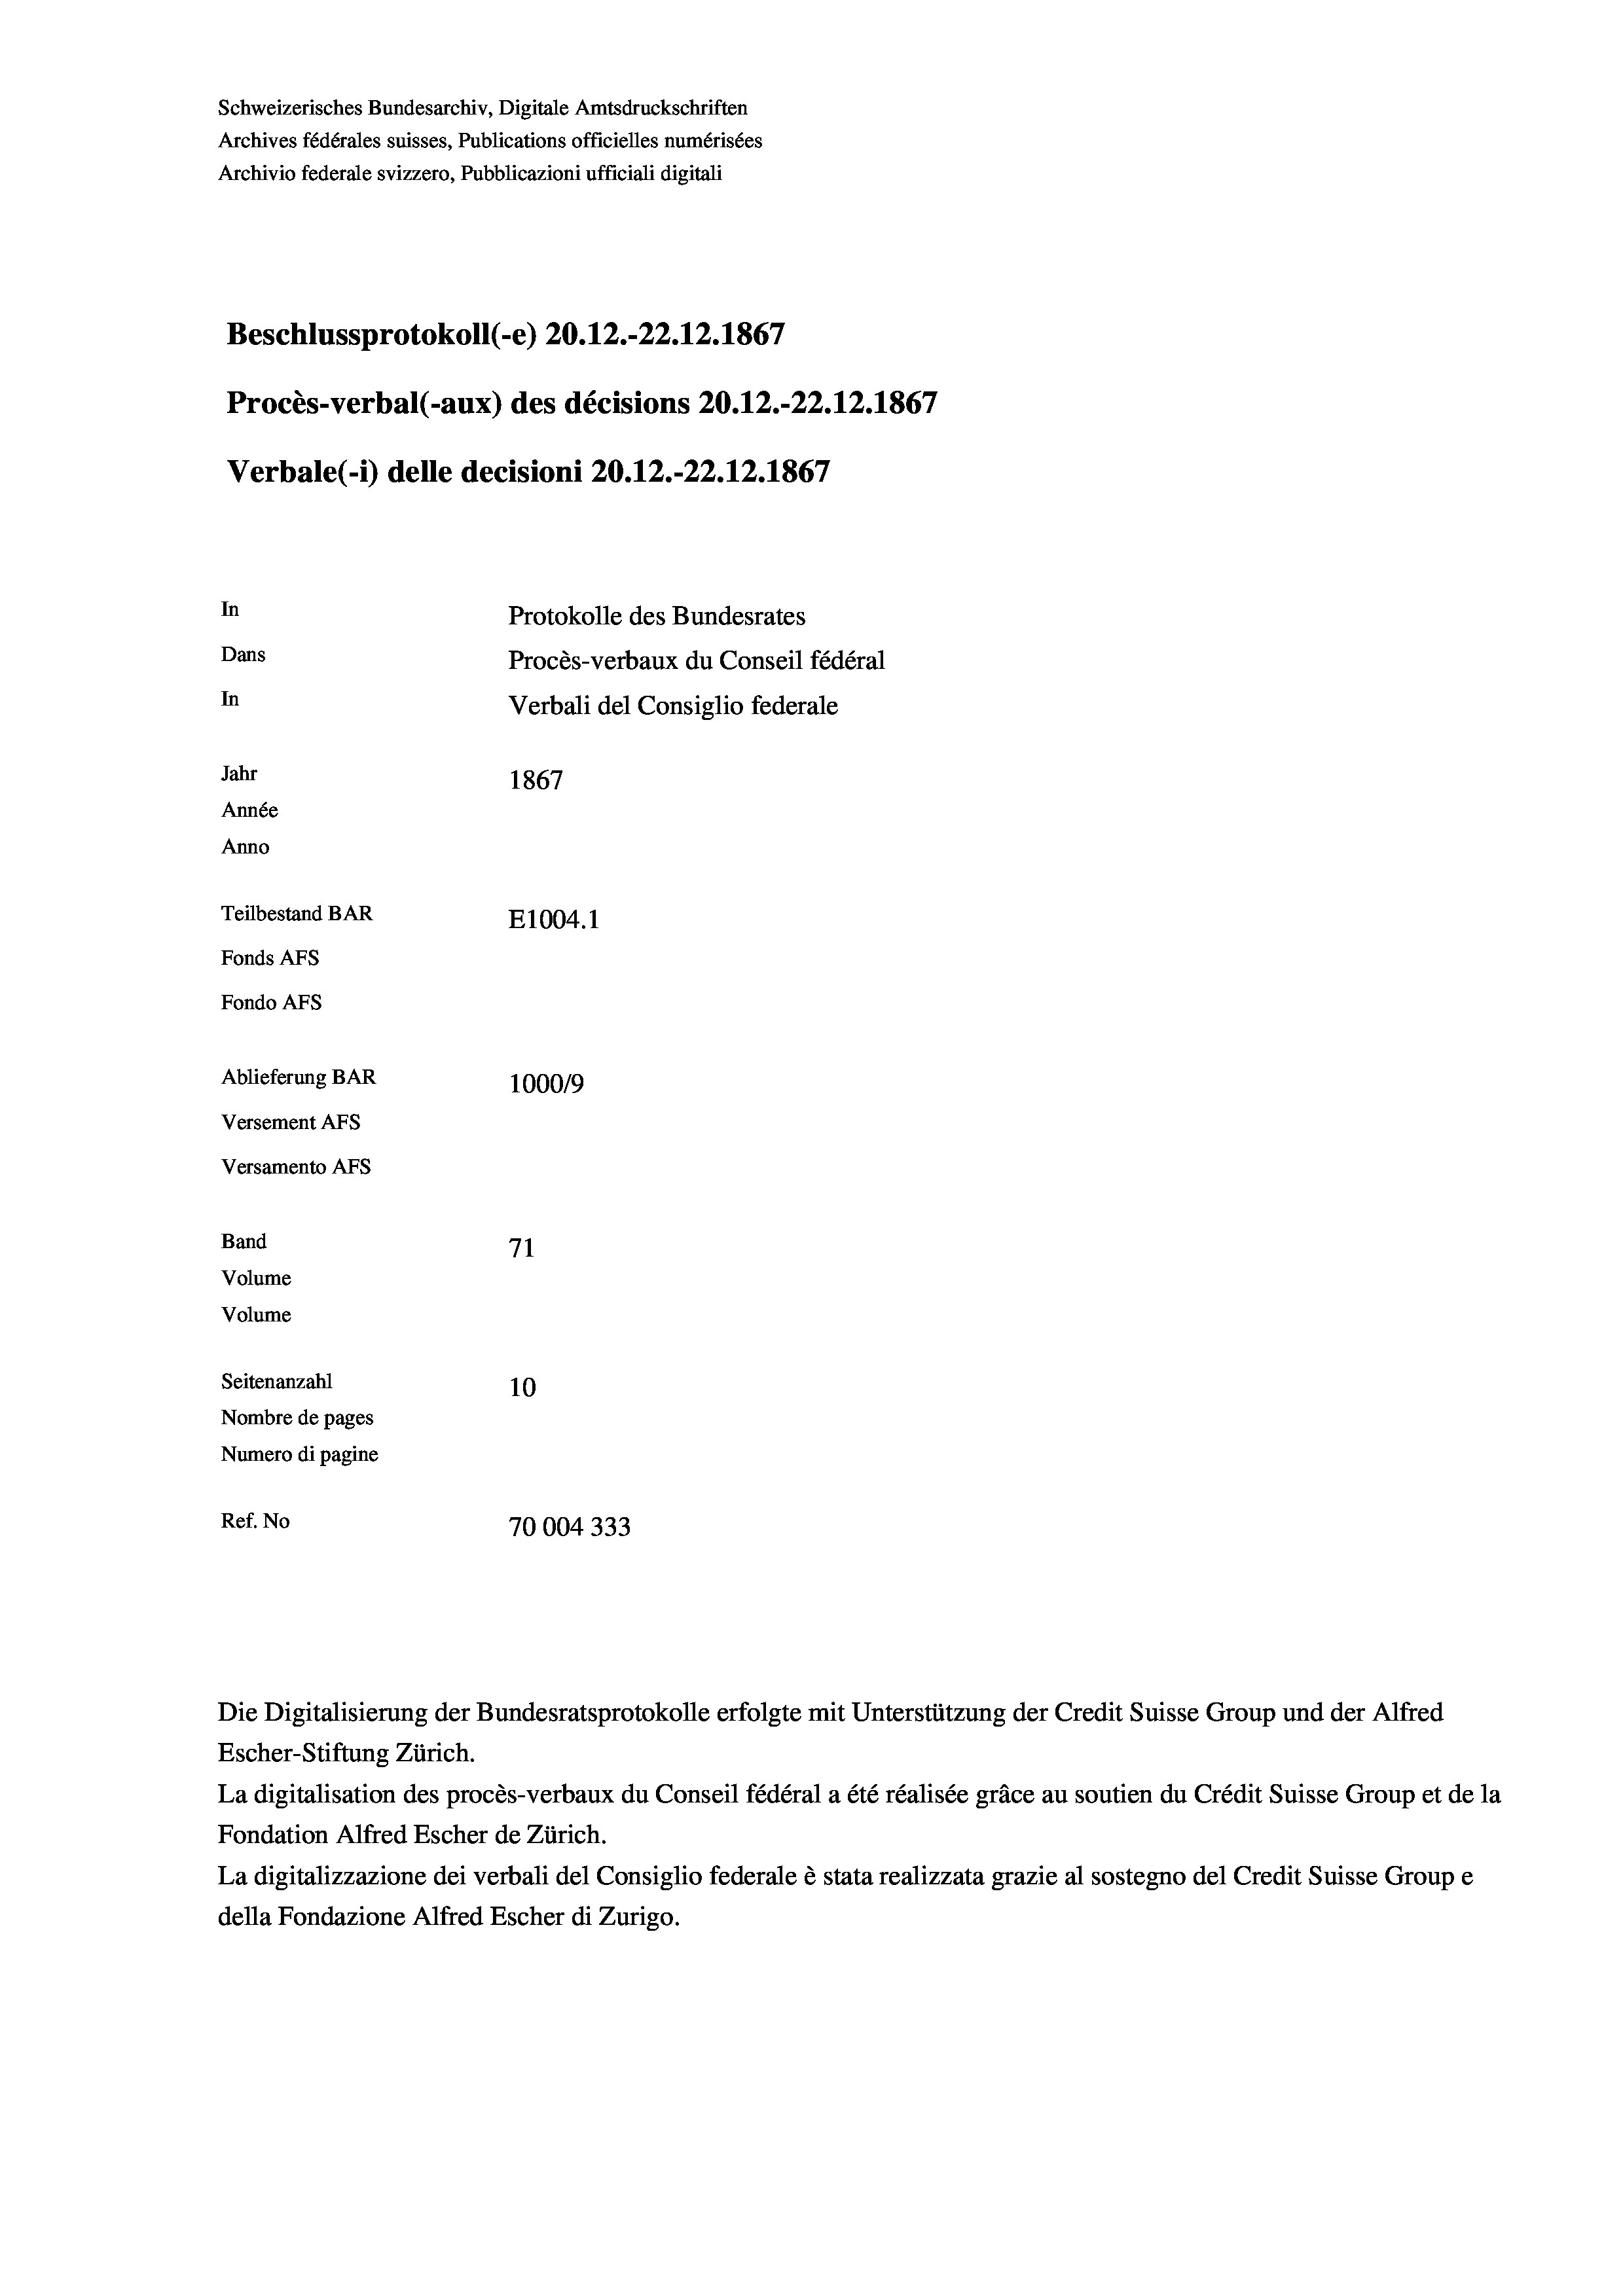
Schweizerisches Bundesarchiv, Digitale Amtsdruckschriften
Archives fédérales suisses, Publications officielles numérisées
Archivio federale svizzero, Pubblicazioni ufficiali digitali
Beschlussprotokoll (-e) 20.12.-22.12.1867
Procès-verbal (-aux) des décisions 20.12.-22.12.1867
Verbale (1) delle decisioni 20.12.-22.12.1867
In
Protokolle des Bundesrates
Dans
Procès-verbaux du Conseil fédéral
In
Verbali del Consiglio federale
Jahr
1867
Année
Anno
Teilbestand BAR
E1004. 1
Fonds AFs
Fondo Afs
Ablieferung BAR
1000/9
Versement AFs
Versamento Afs

71
10
Nombre de pages
Numero di pagine
Ref. No
70004333

Band
Volume

Volume
Seitenanzahl

Escher-Stiftung Zürich.
La digitalisation des procès-verbaux du Conseil fédéral a été réalisée gräce au soutien du Crédit Suisse Group et de la
Fondation Alfred Escher de Zürich.
La digitalizzazione dei verbali del Consiglio federale è stata realizzata grazie al sostegno del Credit Suisse Groupe
della Fondazione Alfred Escher di Zurigo.

Die Digitalisierung der Bundesratsprotokolle erfolgte mit Unterstützung der Credit Suisse Group und der Alfred